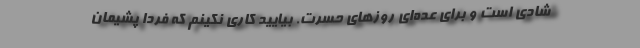
شادی است و برای عده‌ای روزهای حسرت. بیایید کاری نکینم که فردا پشیمان